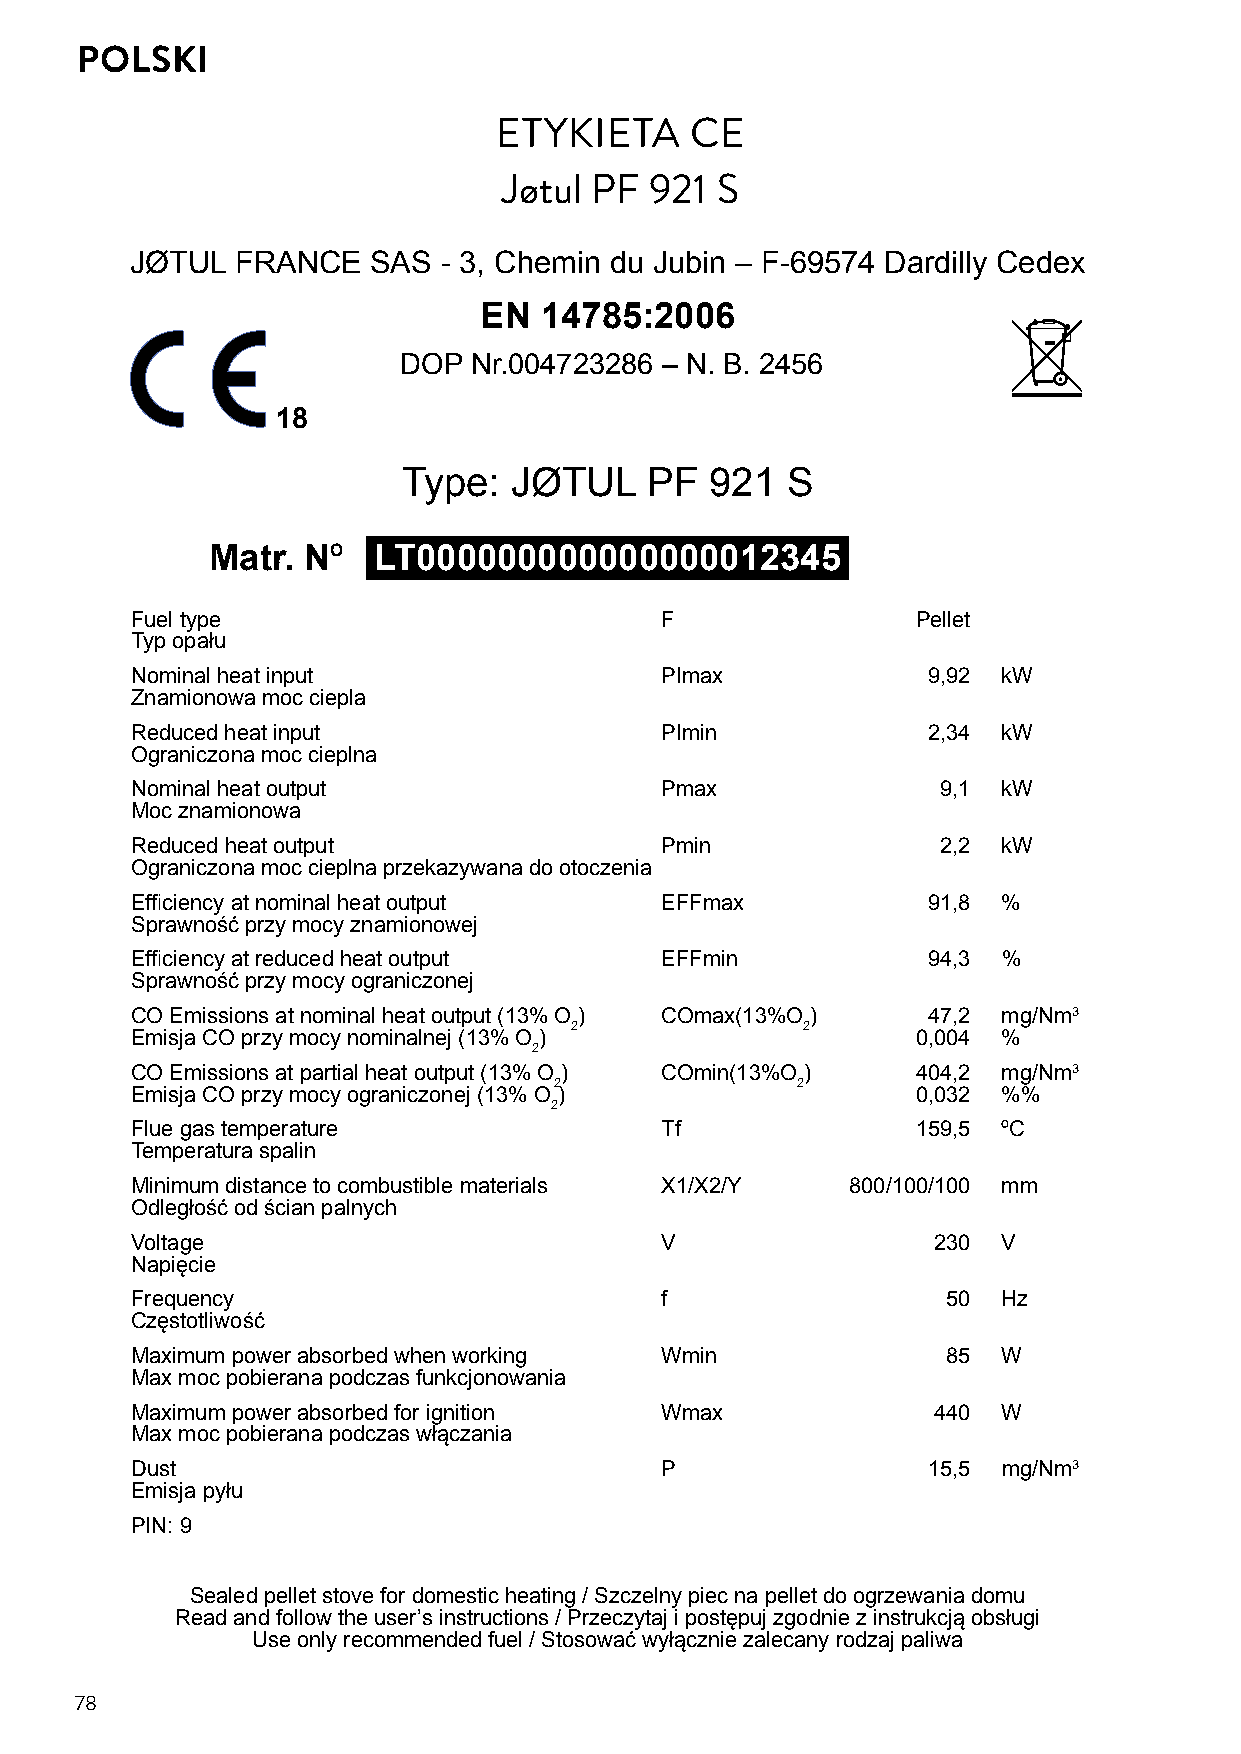
POLSKI
 ETYKIETA     CE
 Jøtul PF  921 S
 JØTUL  FRANCE   SAS - 3, Chemin du Jubin – F-69574 Dardilly Cedex
 EN  14785:2006
 DOP  Nr.004723286 – N. B. 2456
 18
 Type:  JØTUL    PF  921  S
 Matr. Nº   LT000000000000000012345
 Fuel type                          F                Pellet
 Typ opału
 Nominal heat input                 PImax            9,92 kW
 Znamionowa moc ciepla
 Reduced heat input                 PImin            2,34 kW
 Ograniczona moc cieplna
 Nominal heat output                Pmax              9,1 kW
 Moc znamionowa
 Reduced heat output                Pmin              2,2 kW
 Ograniczona moc cieplna przekazywana do otoczenia
 Efficiency at nominal heat output  EFFmax           91,8 %
 Sprawność przy mocy znamionowej
 Efficiency at reduced heat output  EFFmin           94,3 %
 Sprawność przy mocy ograniczonej
 CO Emissions at nominal heat output (13% O ) COmax(13%O ) 47,2 mg/Nm3
 2              2
 Emisja CO przy mocy nominalnej (13% O )             0,004 %
 2
 CO Emissions at partial heat output (13% O ) COmin(13%O ) 404,2 mg/Nm3
 2               2
 Emisja CO przy mocy ograniczonej (13% O )           0,032 %%
 2
 Flue gas temperature               Tf               159,5 ºC
 Temperatura spalin
 Minimum distance to combustible materials X1/X2/Y 800/100/100 mm
 Odległość od ścian palnych
 Voltage                            V                 230 V
 Napięcie
 Frequency                          f                  50 Hz
 Częstotliwość
 Maximum power absorbed when working Wmin              85 W
 Max moc pobierana podczas funkcjonowania
 Maximum power absorbed for ignition Wmax             440 W
 Max moc pobierana podczas włączania
 Dust                               P                15,5 mg/Nm3
 Emisja pyłu
 PIN: 9
 Sealed pellet stove for domestic heating / Szczelny piec na pellet do ogrzewania domu
 Read and follow the user’s instructions / Przeczytaj i postępuj zgodnie z instrukcją obsługi
 Use only recommended fuel / Stosować wyłącznie zalecany rodzaj paliwa
 78